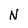
Character: N